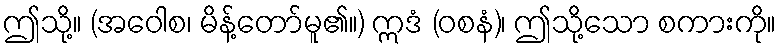
ဤသို့။ (အဝေါစ၊ မိန့်တော်မူ၏။) ဣဒံ (ဝစနံ)၊ ဤသို့သော စကားကို။